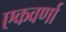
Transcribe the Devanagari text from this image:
एकवर्णा